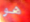
هو